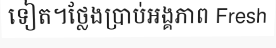
ទៀត។ថ្លែងប្រាប់អង្គភាព Fresh